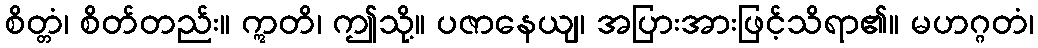
စိတ္တံ၊ စိတ်တည်း။ ဣတိ၊ ဤသို့။ ပဇာနေယျ၊ အပြားအားဖြင့်သိရာ၏။ မဟဂ္ဂတံ၊